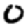
Digit: 0